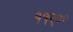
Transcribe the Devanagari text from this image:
११९००